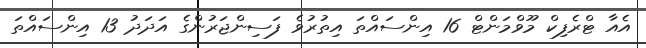
އެއާ ޓްރެފިކް މޫވްމަންޓް 16 އިންސައްތަ އިތުރުވެ ފަސިންޖަރުންގެ އަދަދު 13 އިންސައްތަ